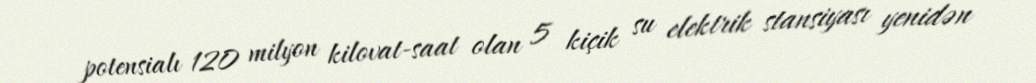
potensialı 120 milyon kilovat-saat olan 5 kiçik su elektrik stansiyası yenidən